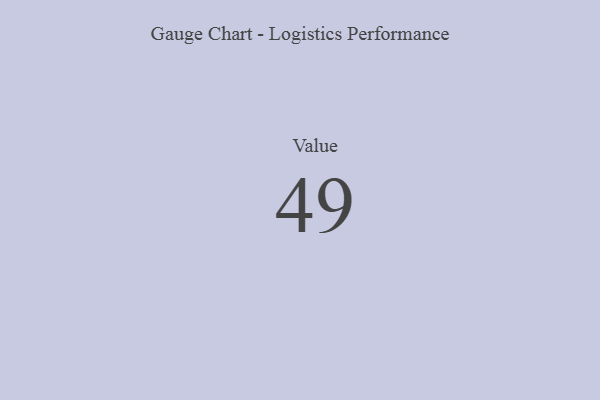
{"axis": {"x": "Metric", "y": "Value"}, "legend": [""], "data": [{"x": "Value", "y": 49, "type": ""}]}